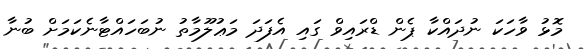
މޮޅު ވާހަކަ ނުދައްކާ ޕެން ޑްރައިވް ގައި އެފަދަ މަޢުލޫމާތު ނުބަހައްޓާނެކަމަށް ބުނާ